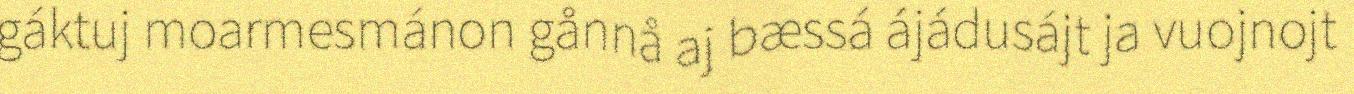
gáktuj moarmesmánon gånnå aj bæssá ájádusájt ja vuojnojt